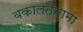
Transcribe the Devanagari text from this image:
वकालतनामा